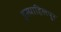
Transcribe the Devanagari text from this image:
इस्माहिलपुर